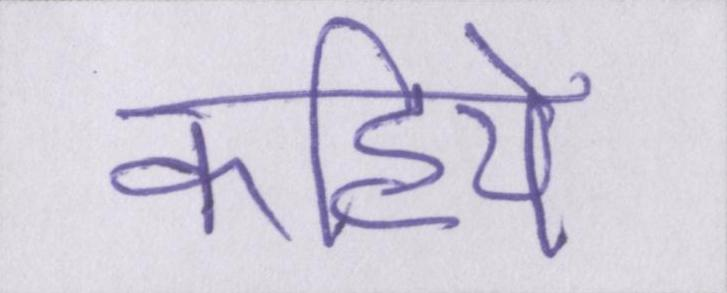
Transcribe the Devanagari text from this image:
कहिये